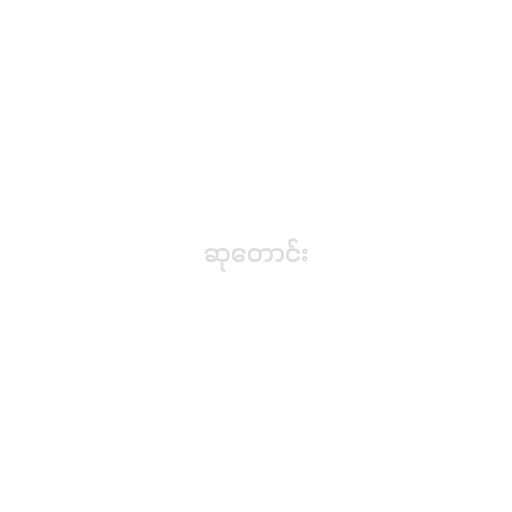
ဆုတောင်း